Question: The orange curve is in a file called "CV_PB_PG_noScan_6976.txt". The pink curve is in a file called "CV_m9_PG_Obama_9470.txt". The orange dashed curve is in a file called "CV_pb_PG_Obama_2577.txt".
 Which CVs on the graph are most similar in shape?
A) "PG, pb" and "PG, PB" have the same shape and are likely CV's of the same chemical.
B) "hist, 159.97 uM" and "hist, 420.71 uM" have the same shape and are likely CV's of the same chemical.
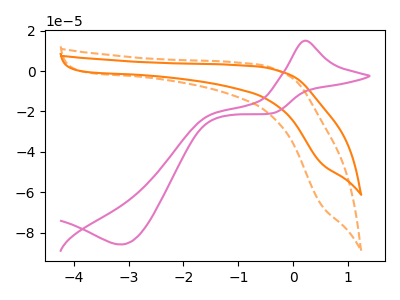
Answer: <think>The orange curve "PG, PB" has no peaks. The pink curve "PG, m9" has an anodic peak at (0.20V, 15.00uA) and a cathodic peak at (-3.15V, -85.75uA). The orange dashed curve "PG, pb" has no peaks.
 "PG, PB" and "PG, m9" have a different number of peaks. Neither "PG, PB" or "PG, pb" have any peaks. "PG, m9" and "PG, pb" have a different number of peaks.</think>
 <answer>A) "PG, pb" and "PG, PB" have the same shape and are likely CV's of the same chemical.</answer>
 <eval>A</eval>